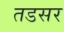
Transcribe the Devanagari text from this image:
तडसर